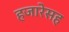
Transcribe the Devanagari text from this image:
हजारेसह